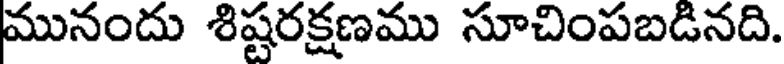
మునందు శిష్టరక్షణము సూచింపబడినది.